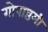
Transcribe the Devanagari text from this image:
गोपाष्ठमी